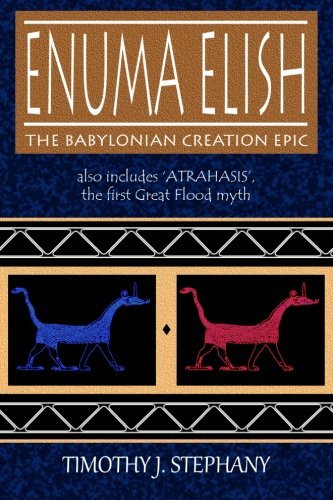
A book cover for Enuma Elish: The Babylonian Creation Epic: also includes 'Atrahasis', the first Great Flood myth; Timothy J. Stephany; History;